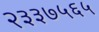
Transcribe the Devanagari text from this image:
२३३७५६५